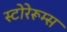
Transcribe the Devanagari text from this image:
स्टोरेरूम्स